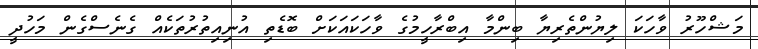
މަޝްހޫރު ވާހަކަ ލިޔުންތެރިޔާ ބިންމާ އިބްރާހީމުގެ ވާހަކައަކަށް ބޮޑެތި އުނިއިތުރުތަކެއް ގެނެސްގެން މަހުދީ